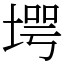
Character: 堮